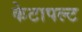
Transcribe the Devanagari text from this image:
केटापल्ट